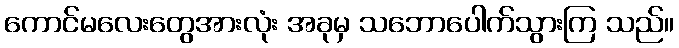
ကောင်မလေးတွေအားလုံး အခုမှ သဘောပေါက်သွားကြ သည်။